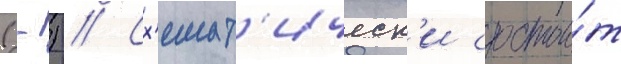
(-) // Сх'емат'ическ'и состои́т